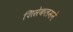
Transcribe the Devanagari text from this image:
शिसेकलमने